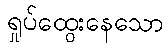
ရှုပ်ထွေးနေသော